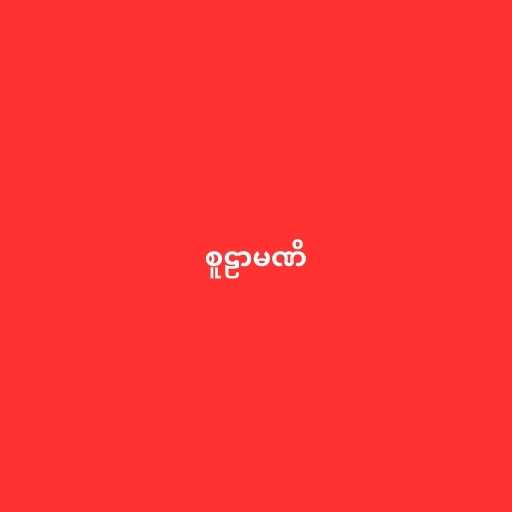
စူဠာမဏိ